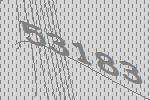
53183